Annual report of the Central Committee of the Association together with the report of the directors of the Pasteur Institute at Kasauli
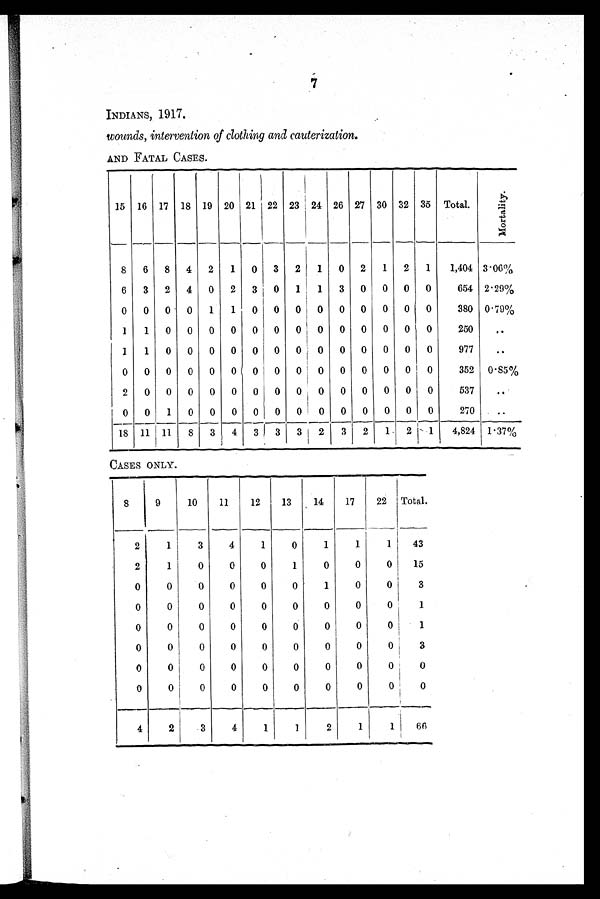
7
INDIANS, 1917.
wounds, intervention of clothing and cauterization.
AND FATAL CASES.
15 16 17 18 19 20 21 22 23 24 26 27 30 32 35 Total.
Mo r t a l i t y .
8 6 8 4 2 1 0 3 2 1 0 2 1 2 1
1,404 3.06%
6 3 2 4 0 2 3 0 1 1
3 0 0 0 0
654 2.29%
0 0 0 0 1 1 0 0 0 0 0 0 0 0 0
380 0.79%
1 1 0 0 0 0 0 0 0 0 0 0 0 0 0
250
..
1 1 0 0 0 0 0 0 0 0 0 0 0 0 0
977
..
0 0 0 0 0 0 0 0 0 0 0 0 0 0 0
352 0.85%
2 0 0 0 0 0 0 0 0 0 0 0 0 0 0
537
. .
0 0 1 0 0 0 0 0 0 0 0 0 0 0 0
270
..
18 11 11
8 3 4
3
3 3 2 3 2 1 2 1
4,824 1.37%
CASES ONLY.
8
9
10
11
12
13
14
17
22 Total.
2
1
3
4
1
0
1
1
1
43
2
1
0
0
0
1
0
0
0
15
0
0
0
0
0
0
1
0
0
3
0
0
0
0
0
0
0
0
0
1
0
0
0
0
0
0
0
0
0
1
0
0
0
0
0
0
0
0
0
3
0
0
0
0
0
0
0
0
0
0
0
0
0
0
0
0
0
0
0
0
4
2
3
4
1
1
2
1
1
66